Civil Veterinary Department ledger series I-VI
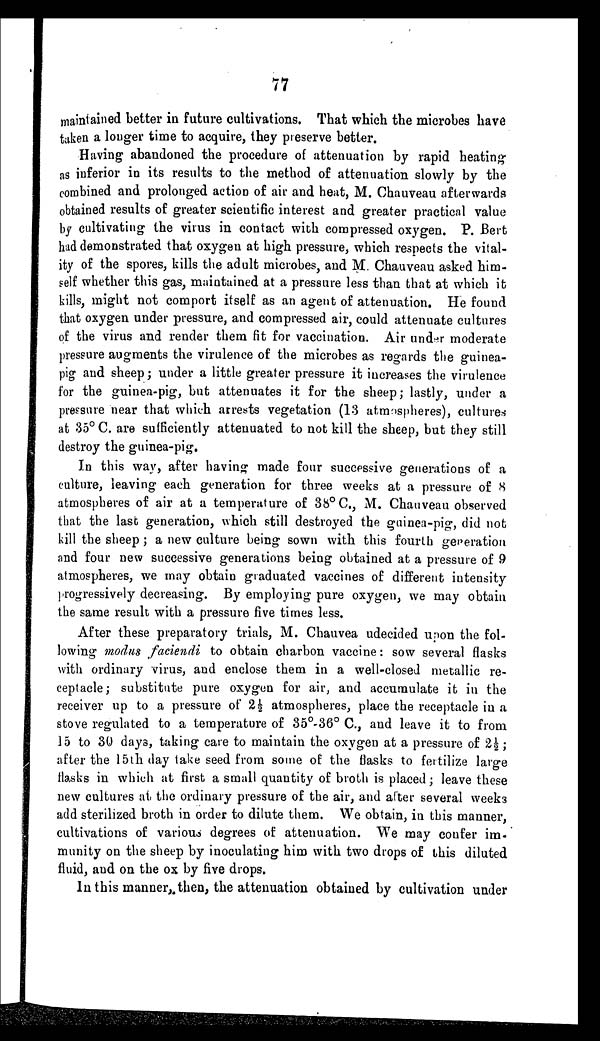
77
maintained better in future cultivations. That which the microbes have
taken a longer time to acquire, they preserve better.
Having abandoned the procedure of attenuation by rapid heating
as inferior in its results to the method of attenuation slowly by the
combined and prolonged action of air and heat, M. Chauveau afterwards
obtained results of greater scientific interest and greater practical value
by cultivating the virus in contact with compressed oxygen. P. Bert
had demonstrated that oxygen at high pressure, which respects the vital-
ity of the spores, kills the adult microbes, and M. Chauveau asked him-
self whether this gas, maintained at a pressure less than that at which it
kills, might not comport itself as an agent of attenuation. He found
that oxygen under pressure, and compressed air, could attenuate cultures
of the virus and render them fit for vaccination. Air under moderate
pressure augments the virulence of the microbes as regards the guinea-
pig and sheep; under a little greater pressure it increases the virulence
for the guinea-pig, but attenuates it for the sheep; lastly, under a
pressure near that which arrests vegetation (13 atmospheres), cultures
at 35° C. are sufficiently attenuated to not kill the sheep, but they still
destroy the guinea-pig.
In this way, after having made four successive generations of a
culture, leaving each generation for three weeks at a pressure of 8
atmospheres of air at a temperature of 38° C., M. Chauveau observed
that the last generation, which still destroyed the guinea-pig, did not
kill the sheep; a new culture being sown with this fourth generation
and four new successive generations being obtained at a pressure of 9
atmospheres, we may obtain graduated vaccines of different intensity
progressively decreasing. By employing pure oxygen, we may obtain
the same result with a pressure five times less.
After these preparatory trials, M. Chauvea udecided upon the fol-
lowing modus faciendi to obtain charbon vaccine: sow several flasks
with ordinary virus, and enclose them in a well-closed metallic re-
ceptacle; substitute pure oxygen for air, and accumulate it in the
receiver up to a pressure of 2½ atmospheres, place the receptacle in a
stove regulated to a temperature of 35°-36° C., and leave it to from
15 to 30 days, taking care to maintain the oxygen at a pressure of 2½ ;
after the 15th day take seed from some of the flasks to fertilize large
flasks in which at first a small quantity of broth is placed; leave these
new cultures at the ordinary pressure of the air, and after several weeks
add sterilized broth in order to dilute them. We obtain, in this manner,
cultivations of various degrees of attenuation. We may confer im-
munity on the sheep by inoculating him with two drops of this diluted
fluid, and on the ox by five drops.
In this manner, then, the attenuation obtained by cultivation under